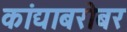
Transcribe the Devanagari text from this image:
कांद्याबरोबर